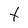
Character: t